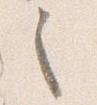
之